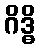
ဂိဒ္ဓိ